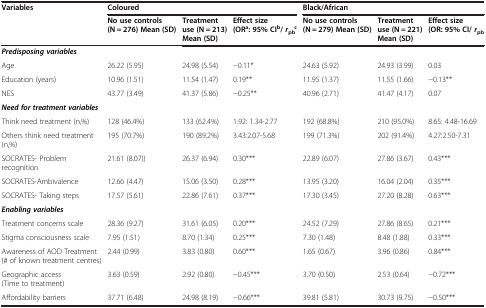
<table><thead><tr><td><b>Variables</b></td><td colspan="3"><b>Coloured</b></td><td colspan="3"><b>Black/African</b></td></tr><tr><td><b> </b></td><td><b>No use controls (N = 276) Mean (SD)</b></td><td><b>Treatment use (N = 213) Mean (SD)</b></td><td><b>Effect size (OR<sup>a</sup>: 95% CI<sup>b</sup>/ <i>r</i><sub>pb</sub><sup>c</sup></b></td><td><b>No use controls (N = 279) Mean (SD)</b></td><td><b>Treatment use (N = 221) Mean (SD)</b></td><td><b>Effect size (OR: 95% CI/ <i>r</i><sub>pb</sub></b></td></tr></thead><tbody><tr><td colspan="7"><b><i>Predisposing variables</i></b></td></tr><tr><td>Age</td><td>26.22 (5.95)</td><td>24.98 (5.54)</td><td>−0.11*</td><td>24.63 (5.92)</td><td>24.93 (3.99)</td><td>0.03</td></tr><tr><td>Education (years)</td><td>10.96 (1.51)</td><td>11.54 (1.47)</td><td>0.19**</td><td>11.95 (1.37)</td><td>11.55 (1.66)</td><td>−0.13**</td></tr><tr><td>NES</td><td>43.77 (3.49)</td><td>41.37 (5.86)</td><td>−0.25**</td><td>40.96 (2.71)</td><td>41.47 (4.17)</td><td>0.07</td></tr><tr><td colspan="7"><b><i>Need for treatment variables</i></b></td></tr><tr><td>Think need treatment (n,%)</td><td>128 (46.4%)</td><td>133 (62.4%)</td><td>1.92: 1.34-2.77</td><td>192 (68.8%)</td><td>210 (95.0%)</td><td>8.65: 4.48-16.69</td></tr><tr><td>Others think need treatment (n,%)</td><td>195 (70.7%)</td><td>190 (89.2%)</td><td>3.43:2.07-5.68</td><td>199 (71.3%)</td><td>202 (91.4%)</td><td>4.27:2.50-7.31</td></tr><tr><td>SOCRATES- Problem recognition</td><td>21.61 (8.07))</td><td>26.37 (6.94)</td><td>0.30***</td><td>22.89 (6.07)</td><td>27.86 (3.67)</td><td>0.43***</td></tr><tr><td>SOCRATES-Ambivalence</td><td>12.66 (4.47)</td><td>15.06 (3.50)</td><td>0.28***</td><td>13.95 (3.20)</td><td>16.04 (2.04)</td><td>0.35***</td></tr><tr><td>SOCRATES- Taking steps</td><td>17.57 (5.61)</td><td>22.86 (7.61)</td><td>0.37***</td><td>17.30 (3.45)</td><td>27.20 (8.28)</td><td>0.63***</td></tr><tr><td colspan="7"><b><i>Enabling variables</i></b></td></tr><tr><td>Treatment concerns scale</td><td>28.36 (9.27)</td><td>31.61 (6.05)</td><td>0.20***</td><td>24.52 (7.29)</td><td>27.86 (8.65)</td><td>0.21***</td></tr><tr><td>Stigma consciousness scale</td><td>7.95 (1.51)</td><td>8.70 (1.34)</td><td>0.25***</td><td>7.30 (1.48)</td><td>8.48 (1.88)</td><td>0.33***</td></tr><tr><td>Awareness of AOD Treatment (# of known treatment centres)</td><td>2.44 (0.99)</td><td>3.83 (0.80)</td><td>0.60***</td><td>1.65 (0.67)</td><td>3.96 (0.86)</td><td>0.84***</td></tr><tr><td>Geographic access (Time to treatment)</td><td>3.63 (0.59)</td><td>2.92 (0.80)</td><td>−0.45***</td><td>3.70 (0.50)</td><td>2.53 (0.64)</td><td>−0.72***</td></tr><tr><td>Affordability barriers</td><td>37.71 (6.48)</td><td>24.98 (8.19)</td><td>−0.66***</td><td>39.81 (5.81)</td><td>30.73 (9.75)</td><td>−0.50***</td></tr></tbody></table>